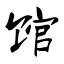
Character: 馆